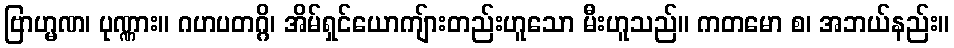
ဗြာဟ္မဏ၊ ပုဏ္ဏား။ ဂဟပတဂ္ဂိ၊ အိမ်ရှင်ယောကျ်ားတည်းဟူသော မီးဟူသည်။ ကတမော စ၊ အဘယ်နည်း။